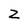
Character: Z